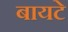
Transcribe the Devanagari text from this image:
बायटे